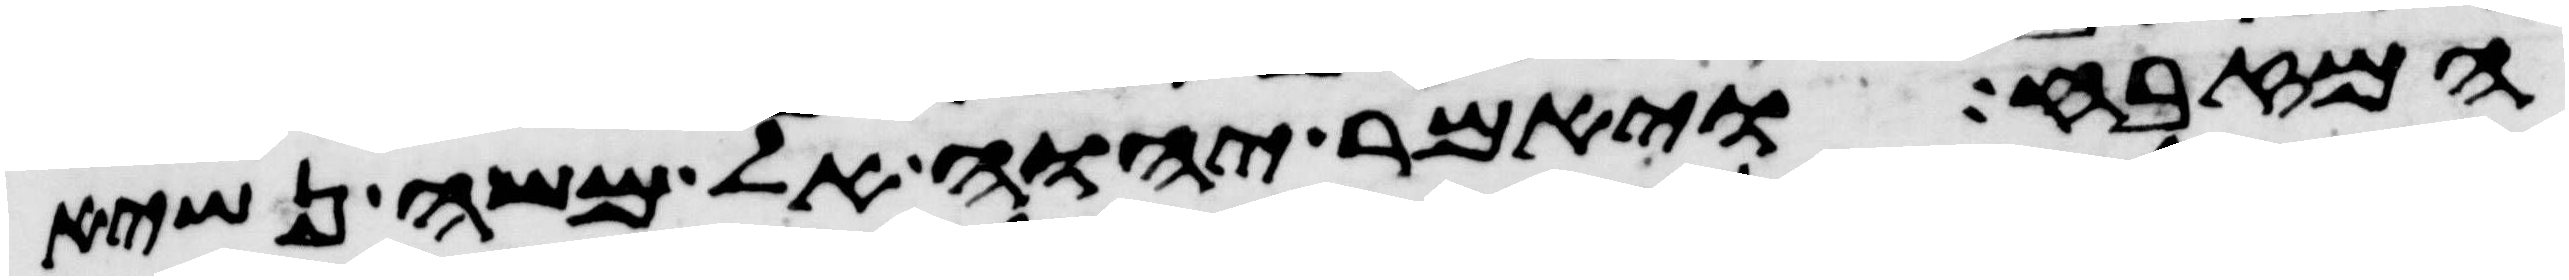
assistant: המזבח ויאמר יהוה אל משה נשיא